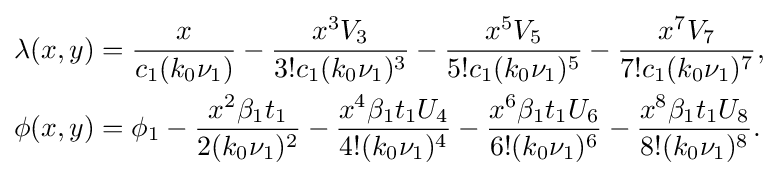
{\begin{aligned}\lambda (x,y)&={\frac {x}{c_{1}(k_{0}\nu _{1})}}-{\frac {x^{3}V_{3}}{3!c_{1}(k_{0}\nu _{1})^{3}}}-{\frac {x^{5}V_{5}}{5!c_{1}(k_{0}\nu _{1})^{5}}}-{\frac {x^{7}V_{7}}{7!c_{1}(k_{0}\nu _{1})^{7}}},\\\phi (x,y)&=\phi _{1}-{\frac {x^{2}\beta _{1}t_{1}}{2(k_{0}\nu _{1})^{2}}}-{\frac {x^{4}\beta _{1}t_{1}U_{4}}{4!(k_{0}\nu _{1})^{4}}}-{\frac {x^{6}\beta _{1}t_{1}U_{6}}{6!(k_{0}\nu _{1})^{6}}}-{\frac {x^{8}\beta _{1}t_{1}U_{8}}{8!(k_{0}\nu _{1})^{8}}}.\end{aligned}}